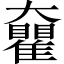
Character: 𡚝